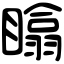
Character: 䁯